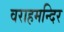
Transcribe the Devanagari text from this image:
वराहमन्दिर